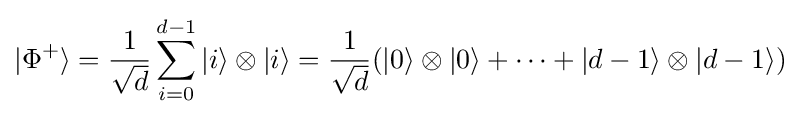
|\Phi ^{+}\rangle ={\frac {1}{\sqrt {d}}}\sum _{i=0}^{d-1}|i\rangle \otimes |i\rangle ={\frac {1}{\sqrt {d}}}(|0\rangle \otimes |0\rangle +\cdots +|d-1\rangle \otimes |d-1\rangle )